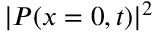
| P ( x = 0 , t ) | ^ { 2 }